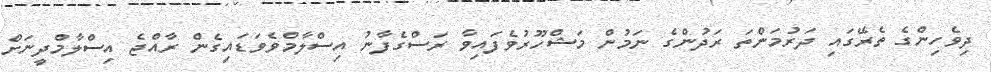
ދިވެހިންގެ ތެރޭގައި ދަރުމަންތަ ރަދުންގެ ނަމުން މަޝްހޫރުވެފައިވާ ރަސްގެފާނު އިސްލާމްވެވަޑައިގެން ރާއްޖެ އިސްލާމްދީނަށް